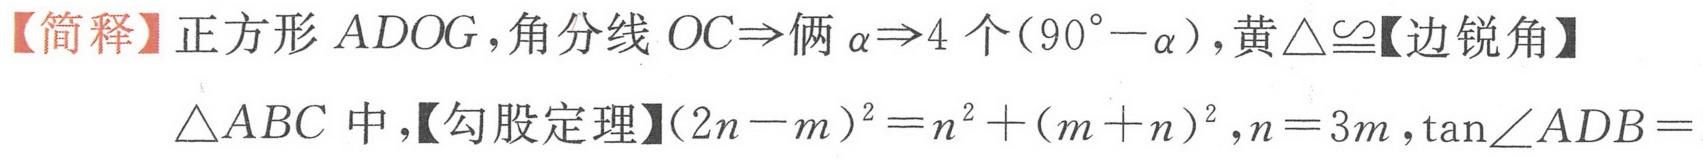
【简释】正方形 \(ADOG\)，角分线 \(OC\Rightarrow\)俩 \(\alpha\Rightarrow4\) 个\((90^{\circ}-\alpha)\)，黄\(\triangle\cong\)【边锐角】
\(\triangle ABC\) 中，【勾股定理】\((2n - m)^{2}=n^{2}+(m + n)^{2}\)，\(n = 3m\)，\(\tan\angle ADB=\)